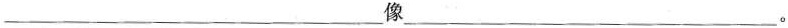
___像___。